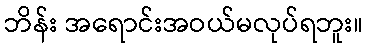
ဘိန်း အရောင်းအဝယ်မလုပ်ရဘူး။